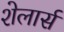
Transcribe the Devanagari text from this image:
शेलार्स